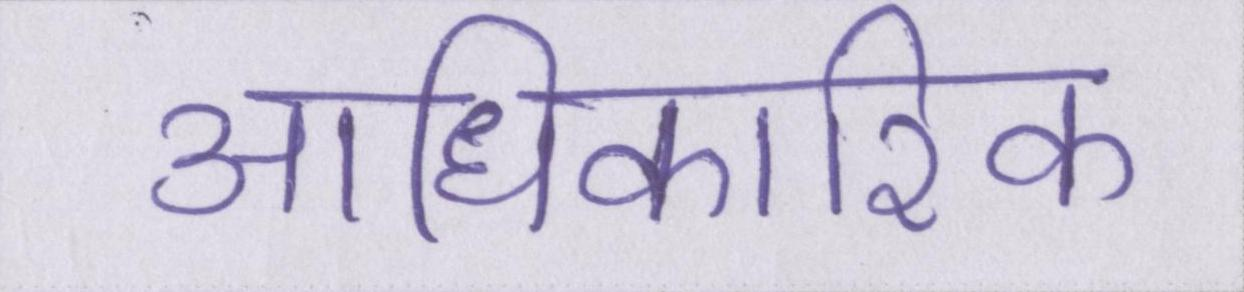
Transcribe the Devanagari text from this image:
आधिकारिक